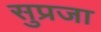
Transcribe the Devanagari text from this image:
सुप्रजा